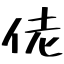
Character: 佬